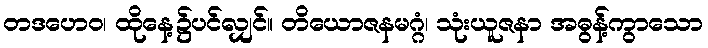
တဒဟေဝ၊ ထိုနေ့၌ပင်လျှင်။ တိယောဇနမဂ္ဂံ၊ သုံးယူဇနာ အဓွန့်ကွာသော